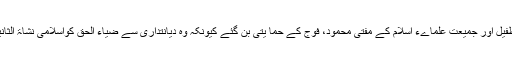
جماعت اسلامی کے میاں طفیل اور جمیعت علماےء اسلام کے مفتی محمود، فوج کے حما یتی بن گئے کیونکہ وہ دیانتداری سے ضیاء الحق کواسلامی نشاۃ الثانیہ کا علمدار گردانتے تھے۔